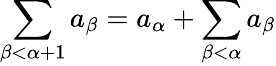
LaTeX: \sum_{\beta<\alpha+1}a_{\beta}=a_{\alpha}+\sum_{\beta<\alpha}a_{\beta}